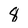
Character: 8